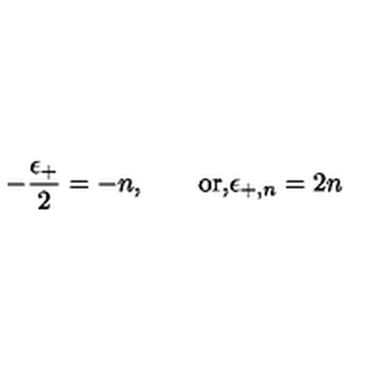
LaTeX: - { \frac { \epsilon _ { + } } { 2 } } = - n , \qquad \mathrm { o r , } \epsilon _ { + , n } = 2 n